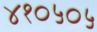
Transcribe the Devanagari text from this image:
४१०५०५